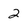
Character: 2